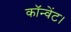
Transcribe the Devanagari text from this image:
कॉन्वेंट।